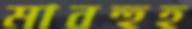
মাবহুহ